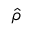
\boldsymbol { \hat { \rho } }